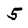
Character: 5